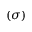
( \sigma )